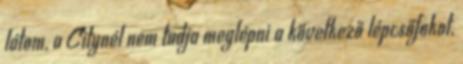
látom, a Citynél nem tudja meglépni a következő lépcsőfokot,